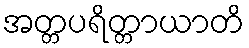
အတ္တပရိတ္တာယာတိ